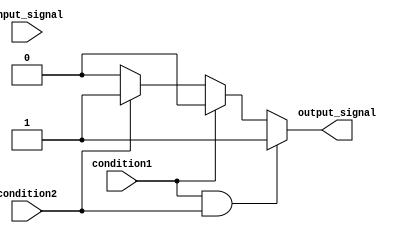
module Generate_Conditional_Assignment (
    input condition1,
    input condition2,
    input input_signal,
    output reg output_signal
);

always @*
begin
    if (condition1 && condition2)
        output_signal = 2'b11; // assign value based on conditions
    else if (condition1)
        output_signal = 2'b10; // assign value based on conditions
    else if (condition2)
        output_signal = 2'b01; // assign value based on conditions
    else
        output_signal = 2'b00; // default value
end

endmodule